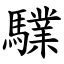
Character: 驜